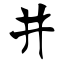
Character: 井